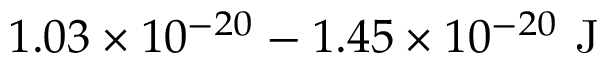
1 . 0 3 \times 1 0 ^ { - 2 0 } - 1 . 4 5 \times 1 0 ^ { - 2 0 } \mathrm { ~ J }